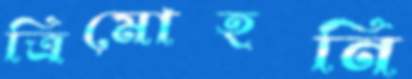
ত্রিমোহনি